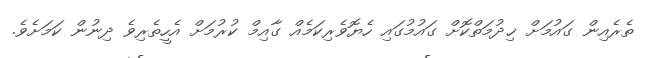
ތެރެއިން ގައުމަށް ޚިދުމަތްކޮށް ގައުމުގައި ހެޔޮވެރިކަމެއް ގާއިމް ކުރުމަށް އެހީތެރިވެ ދިނުން ކަމަށެވެ.